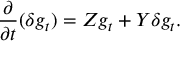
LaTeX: \frac { \partial } { \partial t } ( \delta g _ { t } ) = Z g _ { t } + Y \delta g _ { t } .